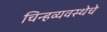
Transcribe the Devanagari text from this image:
चिन्हव्यवस्थेचे